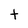
Character: t